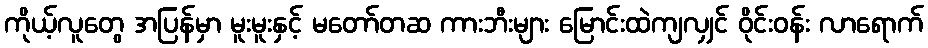
ကိုယ့်လူတွေ အပြန်မှာ မူးမူးနှင့် မတော်တဆ ကားဘီးများ မြောင်းထဲကျလျှင် ဝိုင်းဝန်း လာရောက်